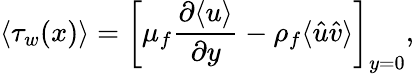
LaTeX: \langle\tau_{w}(x)\rangle=\left[\mu_{f}\frac{\partial\langle u\rangle}{\partial y}-\rho_{f}\langle\hat{u}\hat{v}\rangle\right]_{y=0},